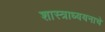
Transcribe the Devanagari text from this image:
शास्त्राध्ययनाचे